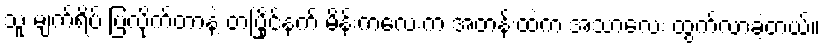
သူ မျက်ရိပ် ပြလိုက်တာနဲ့ တပြိုင်နက် မိန်းကလေးက အတန်းထဲက အသာလေး ထွက်လာခဲ့တယ်။